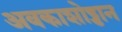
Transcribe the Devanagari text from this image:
अवकाशोड्डान